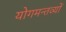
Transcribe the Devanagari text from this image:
योगमन्तव्यों